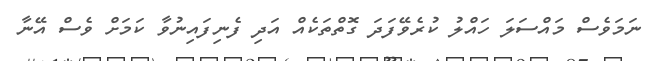
ނަމަވެސް މައްސަލަ ހައްލު ކުރެވޭފަދަ ގޮތްތަކެއް އަދި ފެނިފައިނުވާ ކަމަށް ވެސް އޭނާ